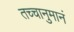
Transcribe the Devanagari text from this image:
तच्चानुमानं